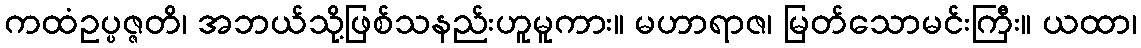
ကထံဥပ္ပဇ္ဇတိ၊ အဘယ်သို့ဖြစ်သနည်းဟူမူကား။ မဟာရာဇ၊ မြတ်သောမင်းကြီး။ ယထာ၊